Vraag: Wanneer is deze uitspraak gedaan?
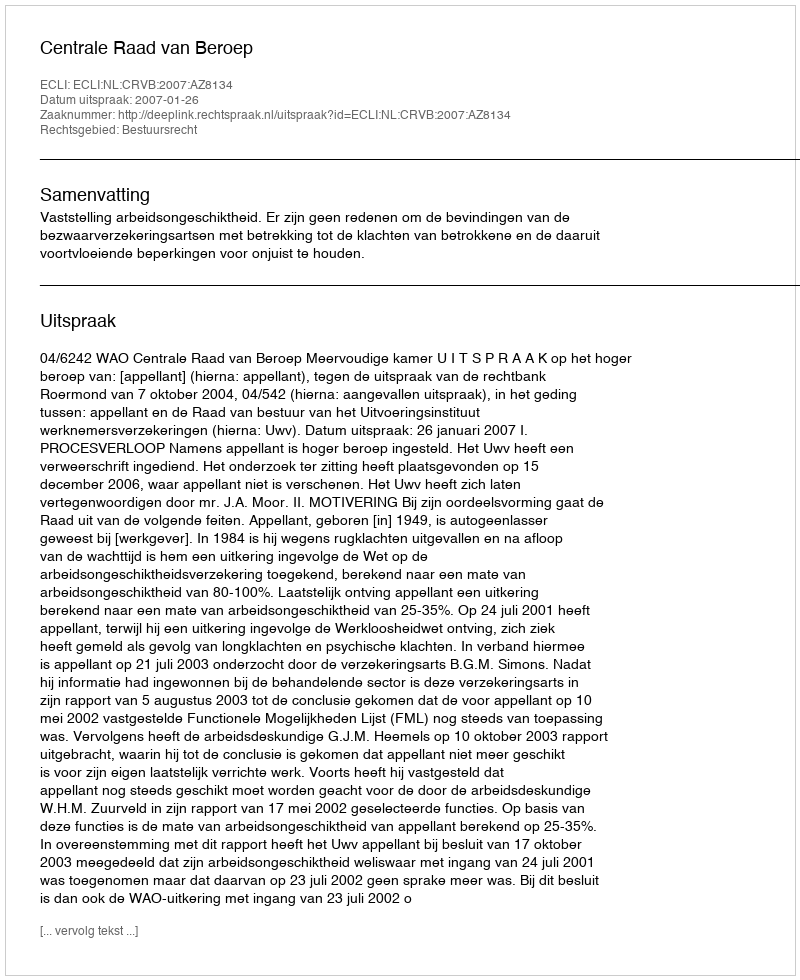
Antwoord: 2007-01-26